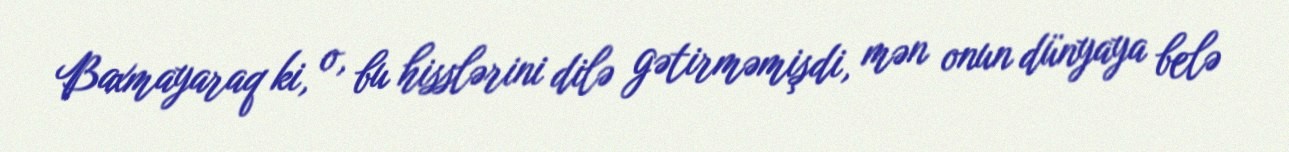
Baxmayaraq ki, o, bu hisslərini dilə gətirməmişdi, mən onun dünyaya belə